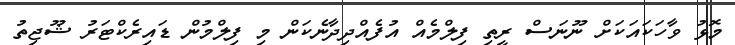
މޮޅު ވާހަކައަކަށް ނޫނަސް ރީތި ފިލްމެއް އުފެއްދިދާނެކަން މި ފިލްމުން ޑައިރެކްޓަރު ޝޫޖިތު